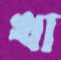
খা